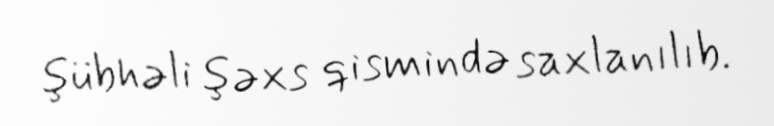
şübhəli şəxs qismində saxlanılıb.